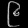
Digit: ၉